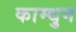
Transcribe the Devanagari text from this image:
काम्धुग